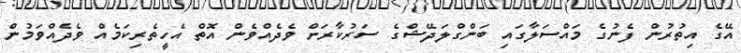
އޭގެ އިތުރުން ފެނުގެ މައްސަލާގައި ބަންގްލަދޭޝްގެ ސަރުކާރަށް ވެދެއްވެން އޮތް އެހީތެރިކަމެއް ވެދެއްވަމުން